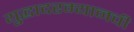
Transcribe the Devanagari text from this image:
युद्धादरम्यानची